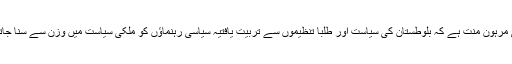
آج ان ہی طلبا تنظیموں اور کیمپس پالیٹکس کی مرہون منت ہے کہ بلوطستان کی سیاست اور طلبا تنظیموں سے تربیت یافتیہ سیاسی رہنماؤں کو ملکی سیاست میں وزن سے سنا جاتا ہے اور ان کی رائے کو اہمیت دی جاتی ہے۔